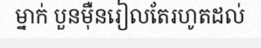
ម្នាក់ បួនម៉ឺនរៀលតែរហូតដល់